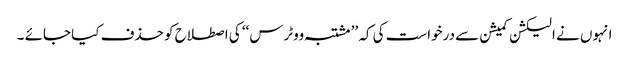
انہوں نے الیکشن کمیشن سے درخواست کی کہ ’’ مشتبہ ووٹرس‘‘ کی اصطلاح کو حذف کیا جائے ۔